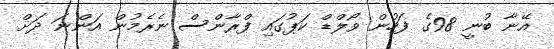
އޭނާ ބުނީ 98ގެ ފަހުން ވޯލްޑް ކަޕުގައި ފްރާންސް ނެރެމުން އަންނަ ދަށް